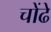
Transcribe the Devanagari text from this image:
चोंढे